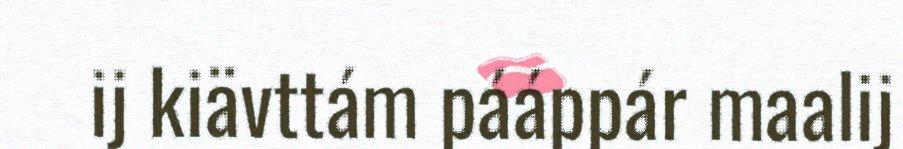
ij kiävttám pááppár maalij